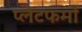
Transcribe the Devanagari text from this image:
प्‍लेटफर्मों